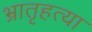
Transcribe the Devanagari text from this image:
भ्रातृहत्या